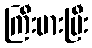
ကြီးမားပြီး